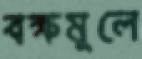
বক্ষমূলে